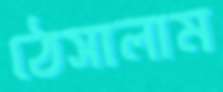
ঠেসালাম